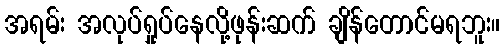
အရမ်း အလုပ်ရှုပ်နေလို့ဖုန်းဆက် ချိန်တောင်မရဘူး။